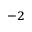
^ { - 2 }